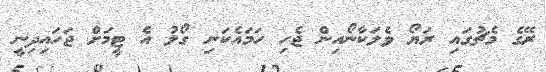
ރޭގެ މެޗުގައި ރަޔޯ ވެލަކާނޯއިން ޖެހި ހަމައެކަނި ގޯލު އެ ޓީމަށް ޖަހައިދިނީ